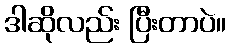
ဒါဆိုလည်း ပြီးတာပဲ။